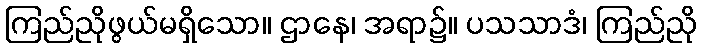
ကြည်ညိုဖွယ်မရှိသော။ ဌာနေ၊ အရာ၌။ ပသသာဒံ၊ ကြည်ညို